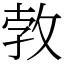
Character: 㪍